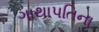
ગાથાપતિના